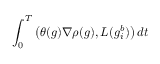
\int _ { 0 } ^ { T } \left( \theta ( g ) \nabla \rho ( g ) , L ( g _ { i } ^ { b } ) \right) d t